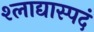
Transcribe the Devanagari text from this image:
श्लाद्यास्पदं